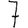
Digit: 7